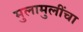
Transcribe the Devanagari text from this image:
मुलामुलींचा